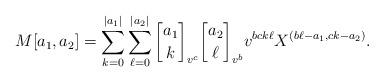
LaTeX: \begin{align*} M[a_1,a_2]=\sum\limits_{k=0}^{|a_1|}\sum\limits_{\ell=0}^{|a_2|}{a_1\brack k}_{v^c}{a_2\brack \ell}_{v^b}v^{bck\ell}X^{(b\ell-a_1,ck-a_2)}. \end{align*}